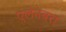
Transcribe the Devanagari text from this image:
एलेनबरा